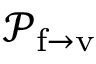
{ \mathcal { P } } _ { \mathrm { f \rightarrow v } }